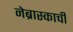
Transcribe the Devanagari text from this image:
नेब्रास्काची